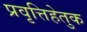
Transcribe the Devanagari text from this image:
प्रवृत्तिहेतुक